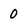
Character: 0